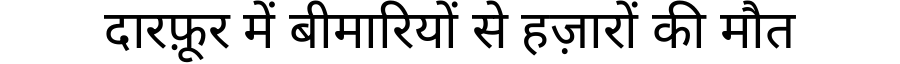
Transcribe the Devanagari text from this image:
दारफ़ूर में बीमारियों से हज़ारों की मौत